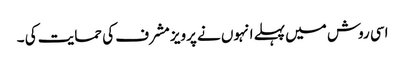
اسی روش میں پہلے انہوں نے پرویز مشرف کی حمایت کی ۔